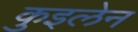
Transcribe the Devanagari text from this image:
कुइलेन